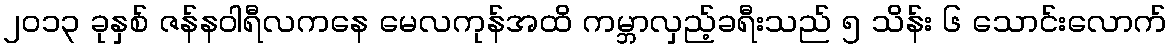
၂၀၁၃ ခုနှစ် ဇန်နဝါရီလကနေ မေလကုန်အထိ ကမ္ဘာလှည့်ခရီးသည် ၅ သိန်း ၆ သောင်းလောက်